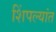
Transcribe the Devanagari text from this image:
शिंपल्यांत